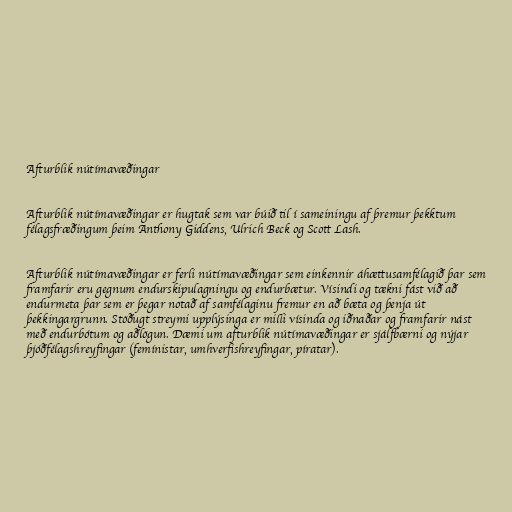
Afturblik nútímavæðingar

Afturblik nútímavæðingar er hugtak sem var búið til í sameiningu af þremur þekktum
félagsfræðingum þeim Anthony Giddens, Ulrich Beck og Scott Lash.

Afturblik nútímavæðingar er ferli nútímavæðingar sem einkennir áhættusamfélagið þar sem
framfarir eru gegnum endurskipulagningu og endurbætur. Vísindi og tækni fást við að
endurmeta þar sem er þegar notað af samfélaginu fremur en að bæta og þenja út
þekkingargrunn. Stöðugt streymi upplýsinga er milli vísinda og iðnaðar og framfarir nást
með endurbótum og aðlögun. Dæmi um afturblik nútímavæðingar er sjálfbærni og nýjar
þjóðfélagshreyfingar (femínistar, umhverfishreyfingar, píratar).